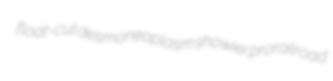
float-cut desmoneoplasm showier prorailroad